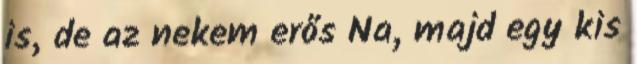
is, de az nekem erős Na, majd egy kis